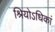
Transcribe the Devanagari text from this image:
श्रियोऽधिकां